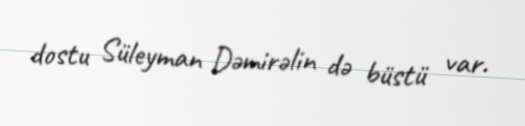
dostu Süleyman Dəmirəlin də büstü var.